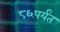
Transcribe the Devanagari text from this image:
८६पर्यंत